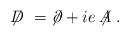
\begin{align*} \not \!\! D \;=\; \not \!\partial + i e \not \!\! A \;.\end{align*}